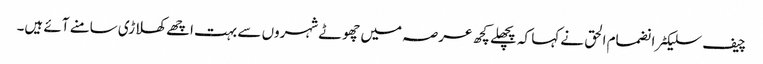
چیف سلیکٹر انضمام الحق نے کہا کہ پچھلے کچھ عرصہ میں چھوٹے شہروں سے بہت اچھے کھلاڑی سامنے آئے ہیں۔